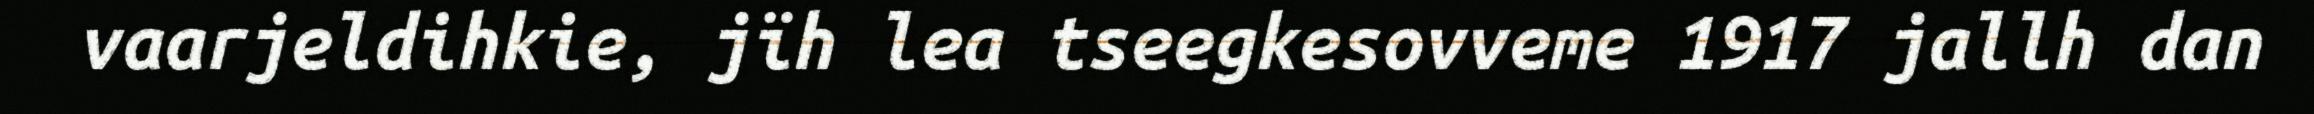
vaarjeldihkie, jïh lea tseegkesovveme 1917 jallh dan